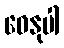
ဓေနုပါ